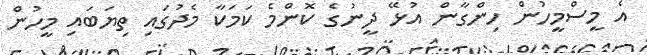
އެ މީސްމީހުން ހިންގާން އުޅޭ ދީނުގެ ކޮންމެ ކަމަކާ މެދުގައި ތިޔަބައި މީހުން